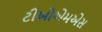
ટીઓએમએસ